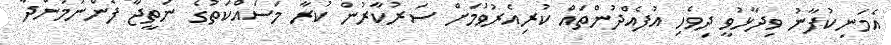
އެމަނިކުފާނު ވިދާޅުވީ ދިވެހި އުފެއްދުންތައް ކުރިއެރުވުމަށް ސަރުކާރުން ކުރާ މަސައްކަތުގެ ނަތީޖާ ފެންނަމުންދާ